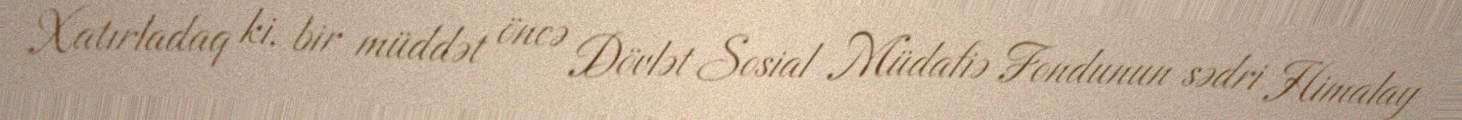
Xatırladaq ki, bir müddət öncə Dövlət Sosial Müdafiə Fondunun sədri Himalay